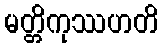
မတ္တိကုဿဟတိ